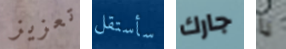
تعزيز سأستقل جارك يا